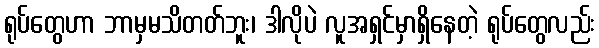
ရုပ်တွေဟာ ဘာမှမသိတတ်ဘူး၊ ဒါလိုပဲ လူအရှင်မှာရှိနေတဲ့ ရုပ်တွေလည်း